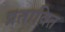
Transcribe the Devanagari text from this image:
प्रतावित